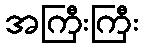
အကြီးကြီး